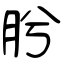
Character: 肹